Specificity of antivenomous sera - Number 5
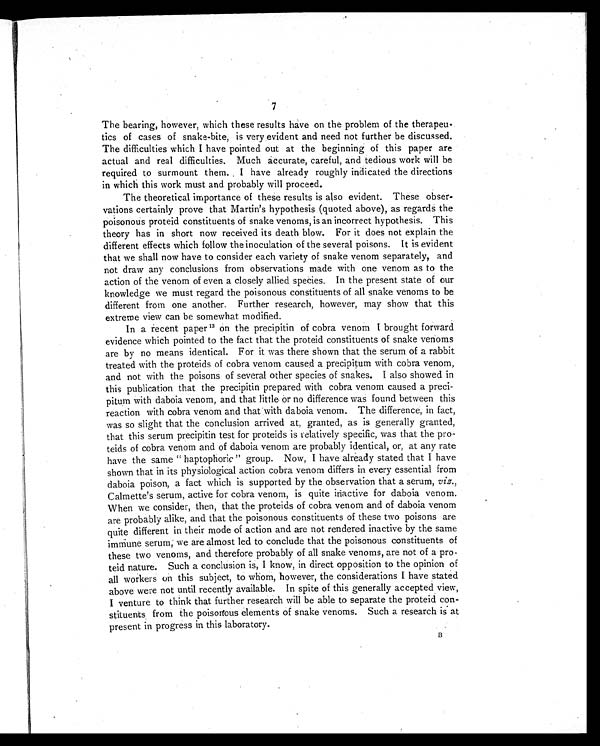
7
The bearing, however, which these results have on the problem of the therapeu-
tics of cases of snake-bite, is very evident and need not further be discussed.
The difficulties which I have pointed out at the beginning of this paper are
actual and real difficulties. Much accurate, careful, and tedious work will be
required to surmount them. I have already roughly indicated the directions
in which this work must and probably will proceed.
The theoretical importance of these results is also evident. These obser-
vations certainly prove that Martin's hypothesis (quoted above), as regards the
poisonous proteid constituents of snake venoms, is an incorrect hypothesis. This
theory has in short now received its death blow. For it does not explain the
different effects which follow the inoculation of the several poisons. It is evident
that we shall now have to consider each variety of snake venom separately, and
not draw any conclusions from observations made with one venom as to the
action of the venom of even a closely allied species. In the present state of our
knowledge we must regard the poisonous constituents of all snake venoms to be
different from one another. Further research, however, may show that this
extreme view can be somewhat modified.
In a recent paper 1 3
o n t h e p r e c i p i t i n o f c o b r a v e n o m I b r o u g h t f o r w a r d
evidence which pointed to the fact that the proteid constituents of snake venoms
are by no means identical. For it was there shown that the serum of a rabbit
treated with the proteids of cobra venom caused a precipitum with cobra venom,
and not with the poisons of several other species of snakes. I also showed in
this publication that the precipitin prepared with cobra venom caused a
precipitum with daboia venom, and that little or no difference was found between this
reaction with cobra venom and that with daboia venom. The difference, in fact,
was so slight that the conclusion arrived at, granted, as is generally granted,
that this serum precipitin test for proteids is relatively specific, was that the pro-
teids of cobra venom and of daboia venom are probably identical, or, at any rate
have the same " haptophoric " group. Now, I have already stated that I have
shown that in its physiological action cobra venom differs in every essential from
daboia poison, a fact which is supported by the observation that a serum, viz.,
Calmette's serum, active for cobra venom, is quite inactive for daboia venom.
When we consider, then, that the proteids of cobra venom and of daboia venom
are probably alike, and that the poisonous constituents of these two poisons are
quite different in their mode of action and are not rendered inactive by the same
immune serum, we are almost led to conclude that the poisonous constituents of
these two venoms, and therefore probably of all snake venoms, are not of a pro-
teid nature. Such a conclusion is, I know, in direct opposition to the opinion of
all workers on this subject, to whom, however, the considerations I have stated
above were not until recently available. In spite of this generally accepted view,
I venture to think that further research will be able to separate the proteid con-
stituents from the poisonous elements of snake venoms. Such a research is at
present in progress in this laboratory.